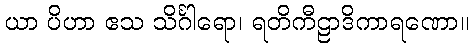
ယာ ပိဟာ ဧသ သိင်္ဂါရော၊ ရတိကီဠာဒိကာရဏော။